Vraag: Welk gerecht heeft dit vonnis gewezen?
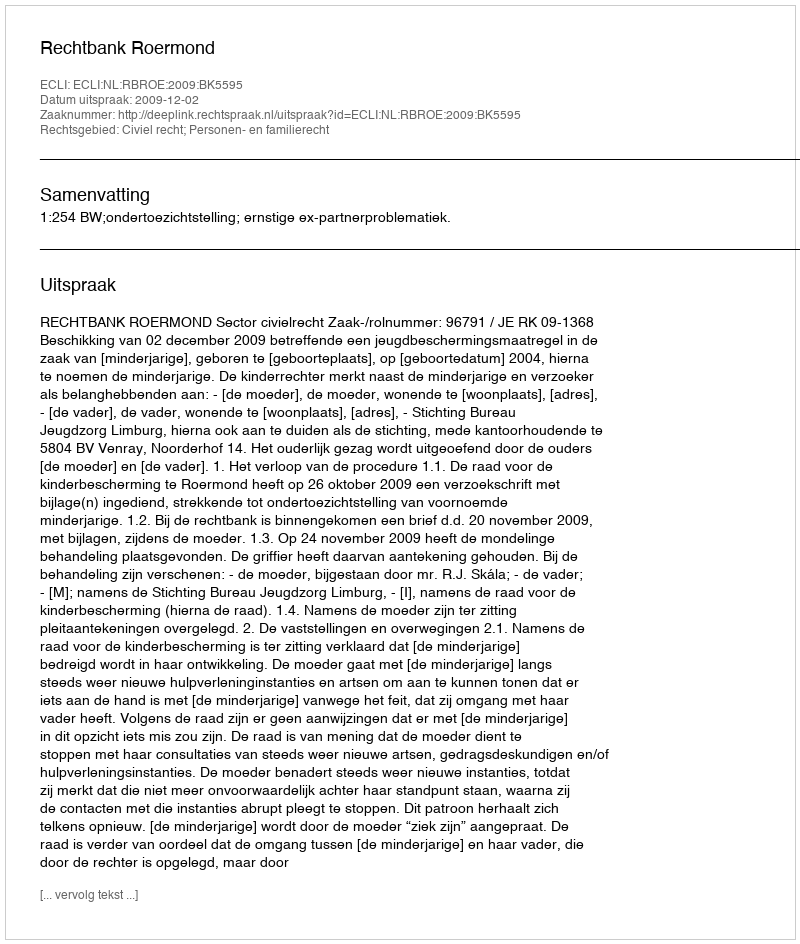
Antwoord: Rechtbank Roermond